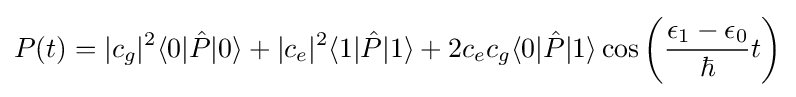
P(t)=|c_{g}|^{2}\langle 0|{\hat {P}}|0\rangle +|c_{e}|^{2}\langle 1|{\hat {P}}|1\rangle +2c_{e}c_{g}\langle 0|{\hat {P}}|1\rangle \cos \left({\frac {\epsilon _{1}-\epsilon _{0}}{\hbar }}t\right)